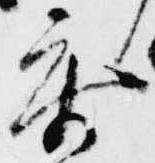
参